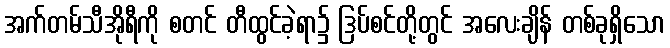
အက်တမ်သီအိုရီကို စတင် တီထွင်ခဲ့ရာ၌ ဒြပ်စင်တို့တွင် အလေးချိန် တစ်ခုရှိသော